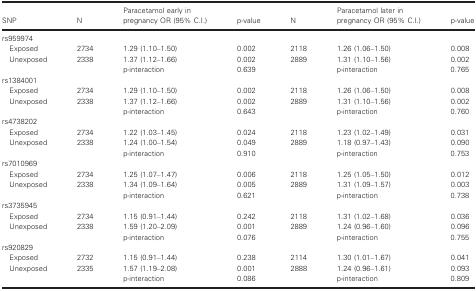
<table><thead><tr><td><b>SNP</b></td><td><b>N</b></td><td><b>Paracetamol early in pregnancy OR (95% C.I.)</b></td><td><b>p‐value</b></td><td><b>N</b></td><td><b>Paracetamol later in pregnancy OR (95% C.I.)</b></td><td><b>p‐value</b></td></tr></thead><tbody><tr><td colspan="7">rs959974</td></tr><tr><td>Exposed</td><td>2734</td><td>1.29 (1.10–1.50)</td><td>0.002</td><td>2118</td><td>1.26 (1.06–1.50)</td><td>0.008</td></tr><tr><td>Unexposed</td><td>2338</td><td>1.37 (1.12–1.66)</td><td>0.002</td><td>2889</td><td>1.31 (1.10–1.56)</td><td>0.002</td></tr><tr><td></td><td></td><td>p‐interaction</td><td>0.639</td><td></td><td>p‐interaction</td><td>0.765</td></tr><tr><td colspan="7">rs1384001</td></tr><tr><td>Exposed</td><td>2734</td><td>1.29 (1.10–1.50)</td><td>0.002</td><td>2118</td><td>1.26 (1.06–1.50)</td><td>0.008</td></tr><tr><td>Unexposed</td><td>2338</td><td>1.37 (1.12–1.66)</td><td>0.002</td><td>2889</td><td>1.31 (1.10–1.56)</td><td>0.002</td></tr><tr><td></td><td></td><td>p‐interaction</td><td>0.643</td><td></td><td>p‐interaction</td><td>0.760</td></tr><tr><td colspan="7">rs4738202</td></tr><tr><td>Exposed</td><td>2734</td><td>1.22 (1.03–1.45)</td><td>0.024</td><td>2118</td><td>1.23 (1.02–1.49)</td><td>0.031</td></tr><tr><td>Unexposed</td><td>2338</td><td>1.24 (1.00–1.54)</td><td>0.049</td><td>2889</td><td>1.18 (0.97–1.43)</td><td>0.090</td></tr><tr><td></td><td></td><td>p‐interaction</td><td>0.910</td><td></td><td>p‐interaction</td><td>0.753</td></tr><tr><td colspan="7">rs7010969</td></tr><tr><td>Exposed</td><td>2734</td><td>1.25 (1.07–1.47)</td><td>0.006</td><td>2118</td><td>1.25 (1.05–1.50)</td><td>0.012</td></tr><tr><td>Unexposed</td><td>2338</td><td>1.34 (1.09–1.64)</td><td>0.005</td><td>2889</td><td>1.31 (1.09–1.57)</td><td>0.003</td></tr><tr><td></td><td></td><td>p‐interaction</td><td>0.621</td><td></td><td>p‐interaction</td><td>0.738</td></tr><tr><td colspan="7">rs3735945</td></tr><tr><td>Exposed</td><td>2734</td><td>1.15 (0.91–1.44)</td><td>0.242</td><td>2118</td><td>1.31 (1.02–1.68)</td><td>0.036</td></tr><tr><td>Unexposed</td><td>2338</td><td>1.59 (1.20–2.09)</td><td>0.001</td><td>2889</td><td>1.24 (0.96–1.60)</td><td>0.096</td></tr><tr><td></td><td></td><td>p‐interaction</td><td>0.076</td><td></td><td>p‐interaction</td><td>0.755</td></tr><tr><td colspan="7">rs920829</td></tr><tr><td>Exposed</td><td>2732</td><td>1.15 (0.91–1.44)</td><td>0.238</td><td>2114</td><td>1.30 (1.01–1.67)</td><td>0.041</td></tr><tr><td>Unexposed</td><td>2335</td><td>1.57 (1.19–2.08)</td><td>0.001</td><td>2888</td><td>1.24 (0.96–1.61)</td><td>0.093</td></tr><tr><td></td><td></td><td>p‐interaction</td><td>0.086</td><td></td><td>p‐interaction</td><td>0.809</td></tr></tbody></table>